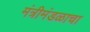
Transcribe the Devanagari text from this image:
मंत्रीमंडळाचा